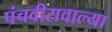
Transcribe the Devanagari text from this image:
पंचवीसवाल्या